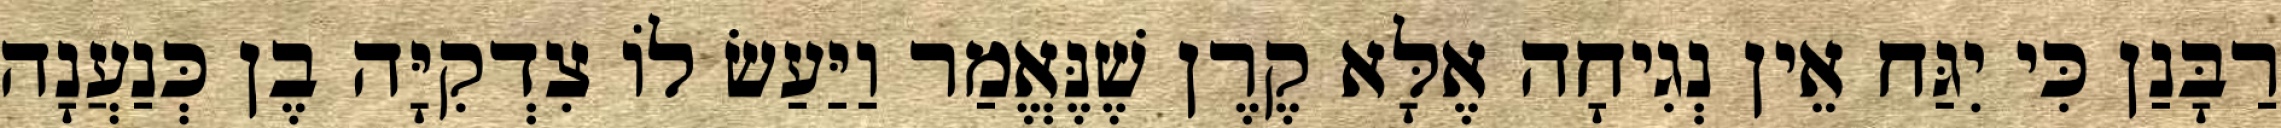
רַבָּנַן כִּי יִגַּח אֵין נְגִיחָה אֶלָּא קֶרֶן שֶׁנֶּאֱמַר וַיַּעַשׂ לוֹ צִדְקִיָּה בֶן כְּנַעֲנָה